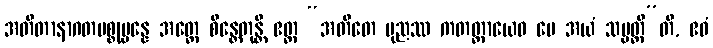
အတီတာနာဂတပစ္စုပ္ပန္နေ အတ္ထေ စိန္တေတုန္တိ ဧတ္ထ “အတီတေ ပုညဿ ကတတ္တာယေဝ မေ အယံ သမ္ပတ္တီ”တိ, ဧဝံ